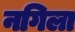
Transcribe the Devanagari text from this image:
नगिला